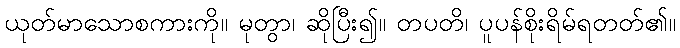
ယုတ်မာသောစကားကို။ မုတွာ၊ ဆိုပြီး၍။ တပတိ၊ ပူပန်စိုးရိမ်ရတတ်၏။